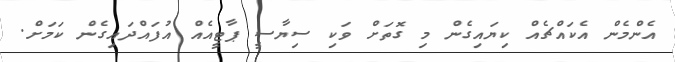
އެންމެން އެކައްޗެއް ކިޔައިގެން މި ގޮތަށް ވަކި ސިޔާސީ ޕާޓީއެއް އުފައްދައިގެން ކަމަށް.